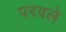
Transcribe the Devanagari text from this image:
परवले